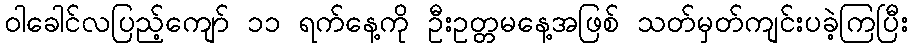
ဝါခေါင်လပြည့်ကျော် ၁၁ ရက်နေ့ကို ဦးဥတ္တမနေ့အဖြစ် သတ်မှတ်ကျင်းပခဲ့ကြပြီး